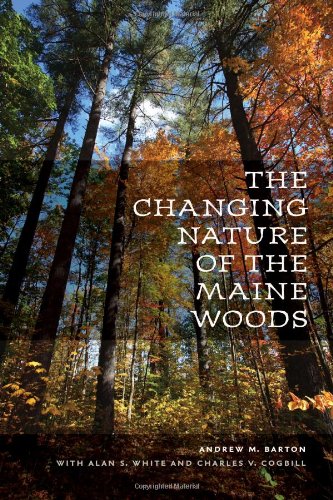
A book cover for The Changing Nature of the Maine Woods; Andrew M. Barton; Science & Math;